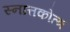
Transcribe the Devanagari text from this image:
स्नात्तकोत्त्र